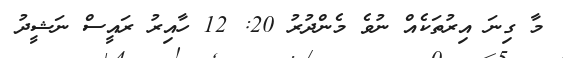
މާ ގިނަ އިރުތަކެއް ނުވެ މެންދުރު 20: 12 ހާއިރު ރައީސް ނަޝީދު